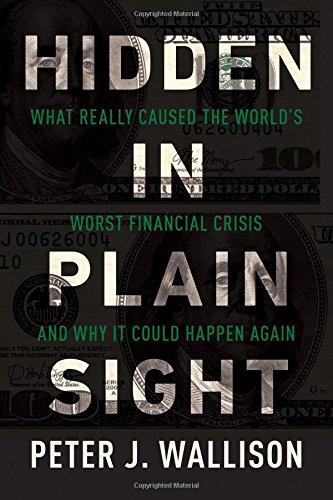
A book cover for Hidden in Plain Sight: What Really Caused the WorldEEs Worst Financial Crisis and Why It Could Happen Again; Peter J. Wallison; Business & Money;